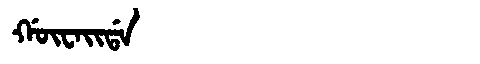
Manchu: ᡤᡡᠸᠠᡳᡩᠠ
Romanization: GŪWAIDA